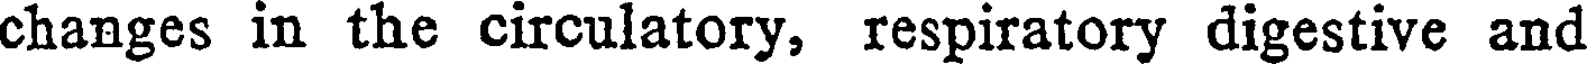
changes in the circulatory, respiratory digestive and